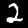
Label: 2